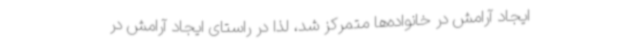
ایجاد آرامش در خانواده‌ها متمرکز شد، لذا در راستای ایجاد آرامش در